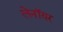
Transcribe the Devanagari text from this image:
लेनॉयर